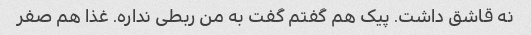
نه قاشق داشت. پیک هم گفتم گفت به من ربطی نداره. غذا هم صفر